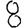
Digit: 8